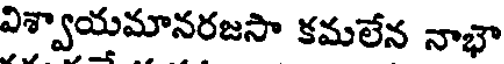
విశ్వాయమానరజసా కమలేన నాభా